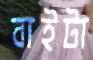
বাইটা